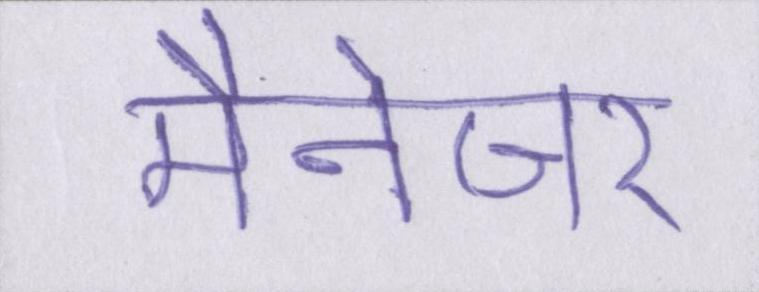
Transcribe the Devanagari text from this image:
मैनेजर